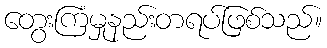
တွေးကြံမှုနည်းတရပ်ဖြစ်သည်။